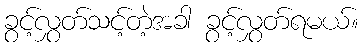
ခွင့်လွှတ်သင့်တဲ့အခါ ခွင့်လွှတ်ရမယ်။